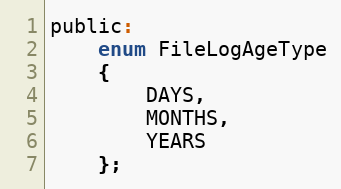
Language: C
public:
    enum FileLogAgeType
    {
        DAYS,
        MONTHS,
        YEARS
    };